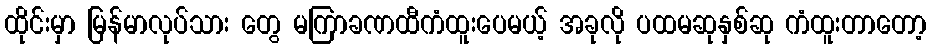
ထိုင်းမှာ မြန်မာလုပ်သား တွေ မကြာခဏထီကံထူးပေမယ့် အခုလို ပထမဆုနှစ်ဆု ကံထူးတာတော့